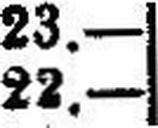
22.—